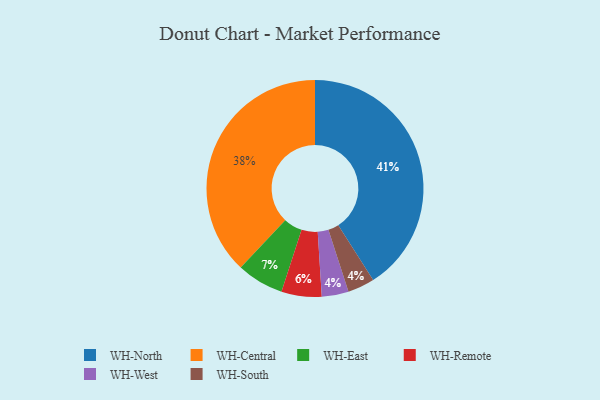
{"axis": {"x": "Category", "y": "Percentage"}, "legend": ["WH-Central", "WH-East", "WH-North", "WH-Remote", "WH-South", "WH-West"], "data": [{"x": "WH-West", "y": 4, "type": "WH-West"}, {"x": "WH-Central", "y": 38, "type": "WH-Central"}, {"x": "WH-South", "y": 4, "type": "WH-South"}, {"x": "WH-East", "y": 7, "type": "WH-East"}, {"x": "WH-Remote", "y": 6, "type": "WH-Remote"}, {"x": "WH-North", "y": 41, "type": "WH-North"}]}